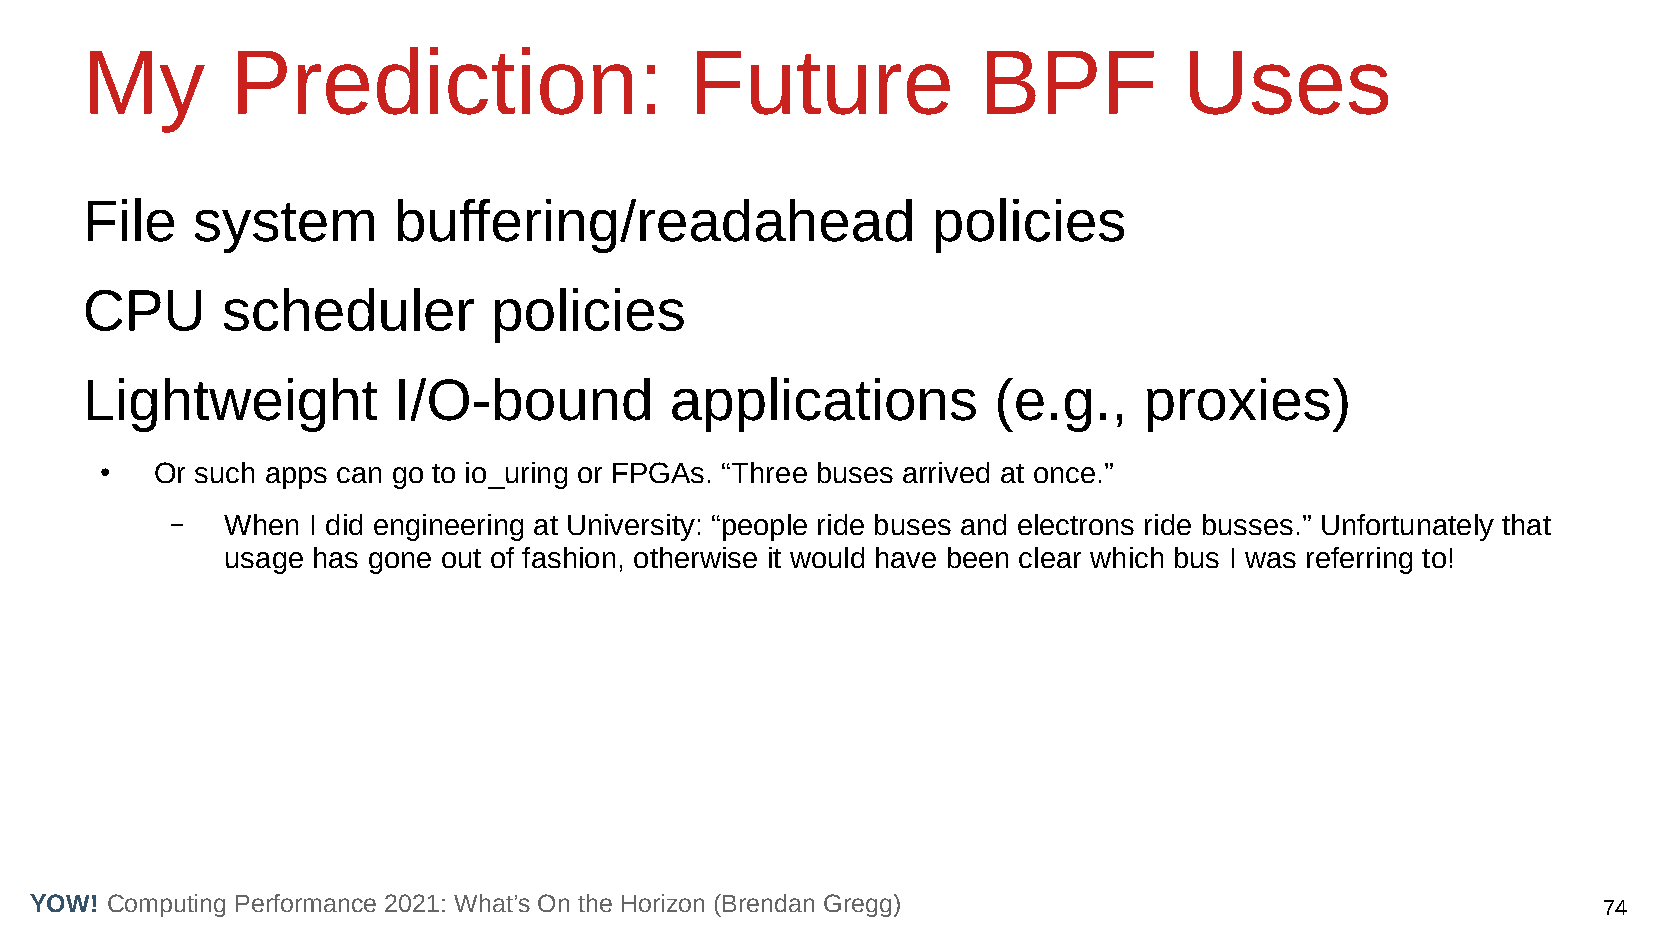
My        Prediction:                    Future             BPF          Uses
 File    system       buffering/readahead                 policies
 CPU       scheduler         policies
 Lightweight          I/O-bound         applications          (e.g.,    proxies)
 ●  Or such apps can go to io_uring or FPGAs. “Three buses arrived at once.”
 –   When I did engineering at University: “people ride buses and electrons ride busses.” Unfortunately that
 usage has gone out of fashion, otherwise it would have been clear which bus I was referring to!
 YOW! Computing Performance 2021: What’s On the Horizon (Brendan Gregg)                                  74